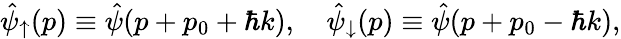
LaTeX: \hat{\psi}_{\uparrow}(p)\equiv\hat{\psi}(p+p_{0}+\hbar k),\quad\hat{\psi}_{\downarrow}(p)\equiv\hat{\psi}(p+p_{0}-\hbar k),